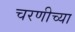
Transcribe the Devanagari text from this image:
चरणीच्या